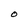
Character: O